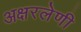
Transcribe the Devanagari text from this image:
अक्षरलेणी